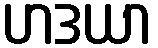
ဟဒယာ